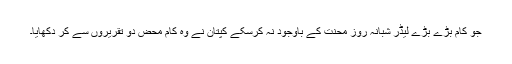
جو کام بڑے بڑے لیڈر شبانہ روز محنت کے باوجود نہ کرسکے کپتان نے وہ کام محض دو تقریروں سے کر دکھایا۔